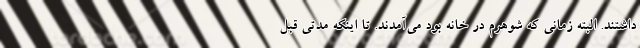
داشتند. البته زمانی که شوهرم در خانه بود می‌آمدند. تا اینکه مدتی قبل